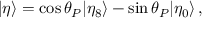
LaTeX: | \eta \rangle = \cos \theta _ { P } | \eta _ { 8 } \rangle - \sin \theta _ { P } | \eta _ { 0 } \rangle \, ,